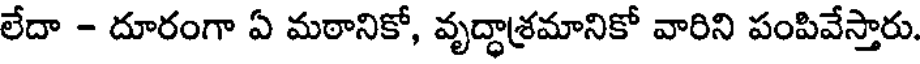
లేదా - దూరంగా ఏ మఠానికో, వృద్ధాశ్రమానికో వారిని పంపివేస్తారు.